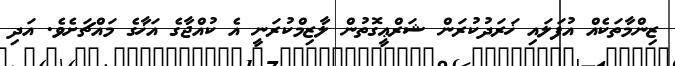
ޒިންމާތަކެއް އުފަލައި ޚަރަދުކުރަން ޝަރްޢީގޮތުން ލާޒިމްކުރަނީ އެ ކުއްޖާގެ އަޚާގެ މައްޗަށެވެ. އަދި